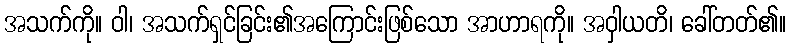
အသက်ကို။ ဝါ၊ အသက်ရှင်ခြင်း၏အကြောင်းဖြစ်သော အာဟာရကို။ အဝှါယတိ၊ ခေါ်တတ်၏။